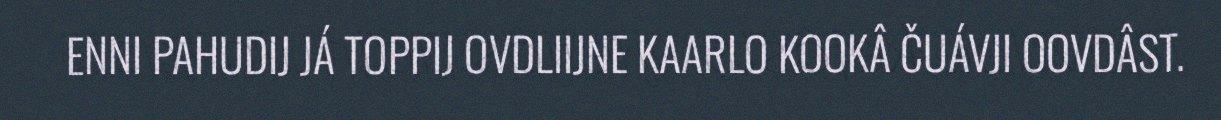
ENNI PAHUDIJ JÁ TOPPIJ OVDLIIJNE KAARLO KOOKÂ ČUÁVJI OOVDÂST.